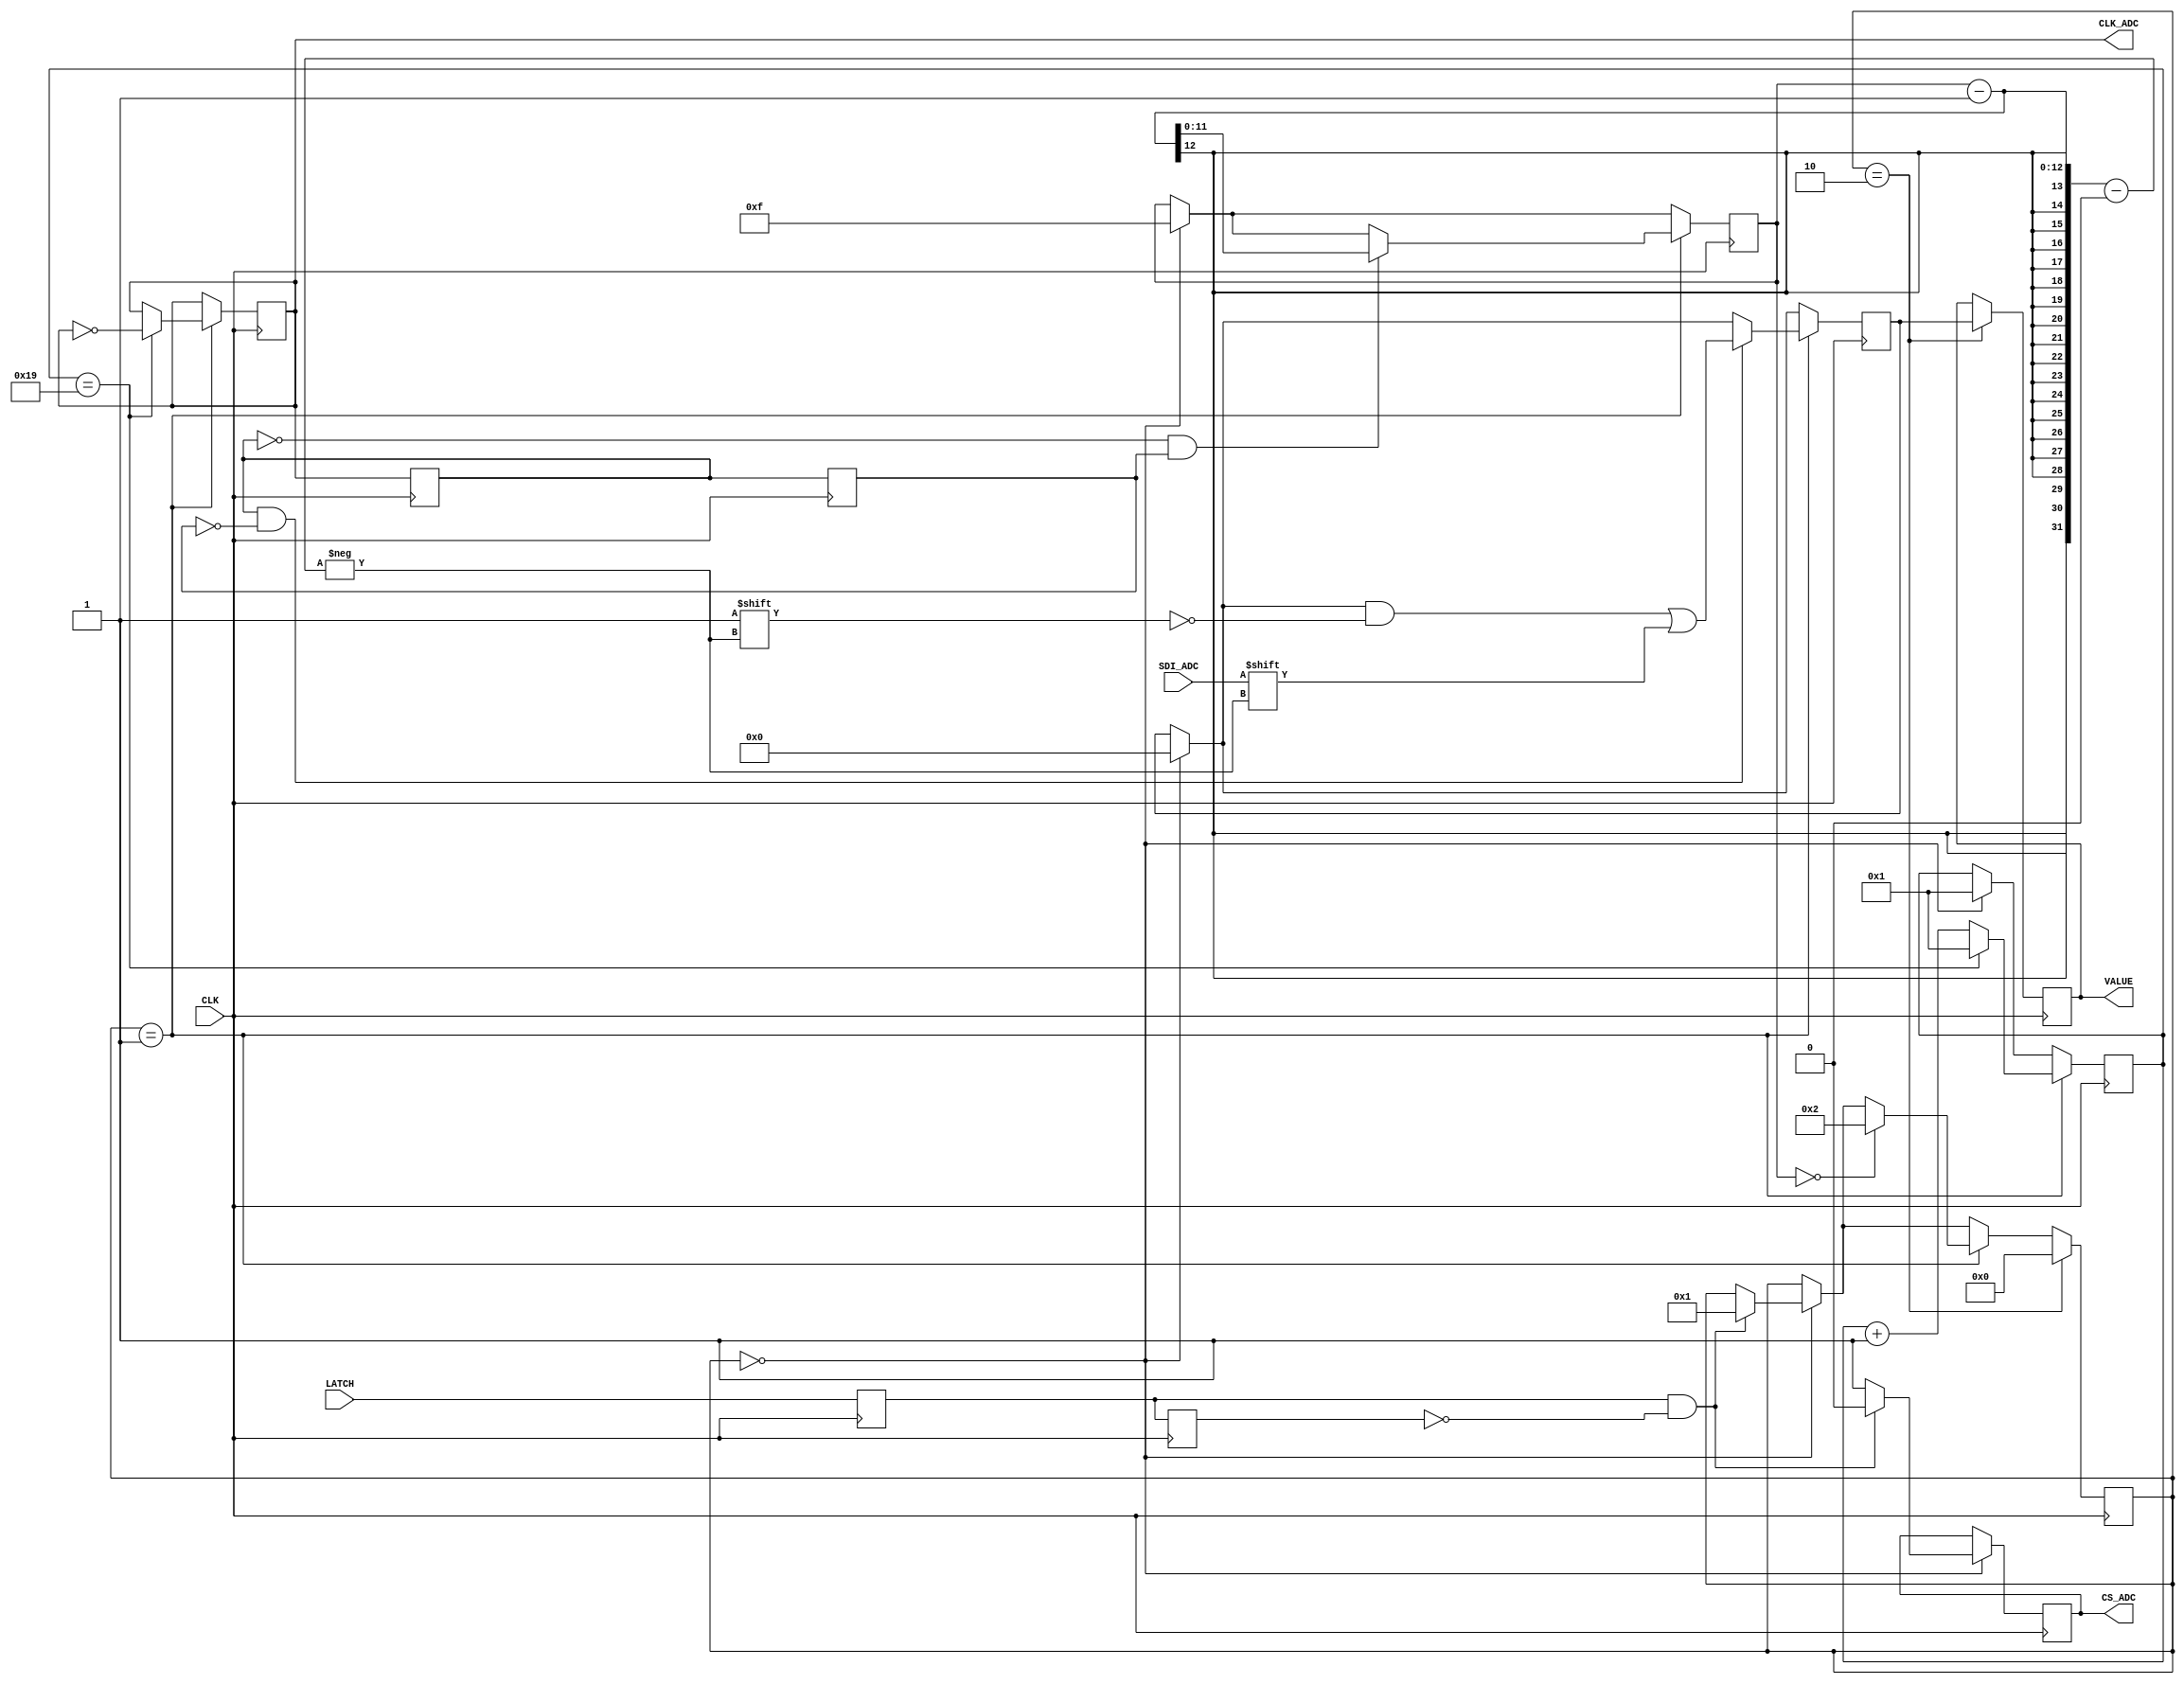
module ADC_MCP3201 (
	input CLK,
	input LATCH,
	input SDI_ADC,
	output reg CS_ADC,
	output reg CLK_ADC,
	output reg [11:0] VALUE
	);
	//
	reg [15:0] ctr_clk_spi;
	reg [11:0] index;
	reg [11:0] value_temp;
	reg [4:0] state;
	reg [11:0] ctr_clk_cs;// Testvariable
	//
	reg hri1; reg hri2; reg hri3; reg hri4;
	wire latch_start;
	wire clk_adc_re;
	wire clk_adc_fe;	
	//
	assign	latch_start = (hri1 && !hri2);
	assign	clk_adc_re = (hri3 && !hri4);
	assign	clk_adc_fe = (!hri3 && hri4);
	//	
	initial
	begin
		
		CS_ADC <= 1;
		CLK_ADC <= 0;
		VALUE <= 0;
		index <= 15;
		value_temp <= 0;
		state <= 0;
		ctr_clk_spi <= 1;
		ctr_clk_cs <= 1;
		//
		hri1 <= 0; hri2 <= 0; hri3 <= 0; hri4 <= 0;
	end	
	//
	always	@(posedge CLK)
	begin
	// Impulsauswertung
	hri1 <= LATCH;
	hri2 <= hri1;
	hri3 <= CLK_ADC;
	hri4 <= hri3;
	// Testroutine
	if (CS_ADC == 0) ctr_clk_cs <= ctr_clk_cs + 1;
	else ctr_clk_cs <= 1;
	
	//
	if (state == 0) 
		begin
		CS_ADC <= 1;
		index <= 15;
		value_temp <= 0;
		ctr_clk_spi <= 1;
		//
		if(latch_start) 
			begin
			CS_ADC <= 0;
			state <= 1;
			end
		//
		end
	//
	if (state == 1) 
		begin
		ctr_clk_spi <= ctr_clk_spi + 1;
		if (ctr_clk_spi == 25) 
			begin
			ctr_clk_spi <= 1;
			CLK_ADC <= !CLK_ADC;
			end
		//
		if (clk_adc_re)
			begin
			value_temp[index - 1] <= SDI_ADC;
			end
		//
		if (clk_adc_fe) index <= index - 1;
		//
		if (index == 0) state <= 2;
		end

	if (state == 2) 
		begin
		VALUE <= value_temp[11:0];
		state <= 0;
		end
	end
endmodule